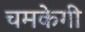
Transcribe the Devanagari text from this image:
चमकेगी